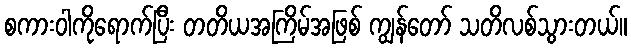
စကားဝါကိုရောက်ပြီး တတိယအကြိမ်အဖြစ် ကျွန်တော် သတိလစ်သွားတယ်။